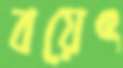
বয়েৎ